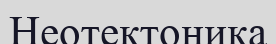
Неотектоника